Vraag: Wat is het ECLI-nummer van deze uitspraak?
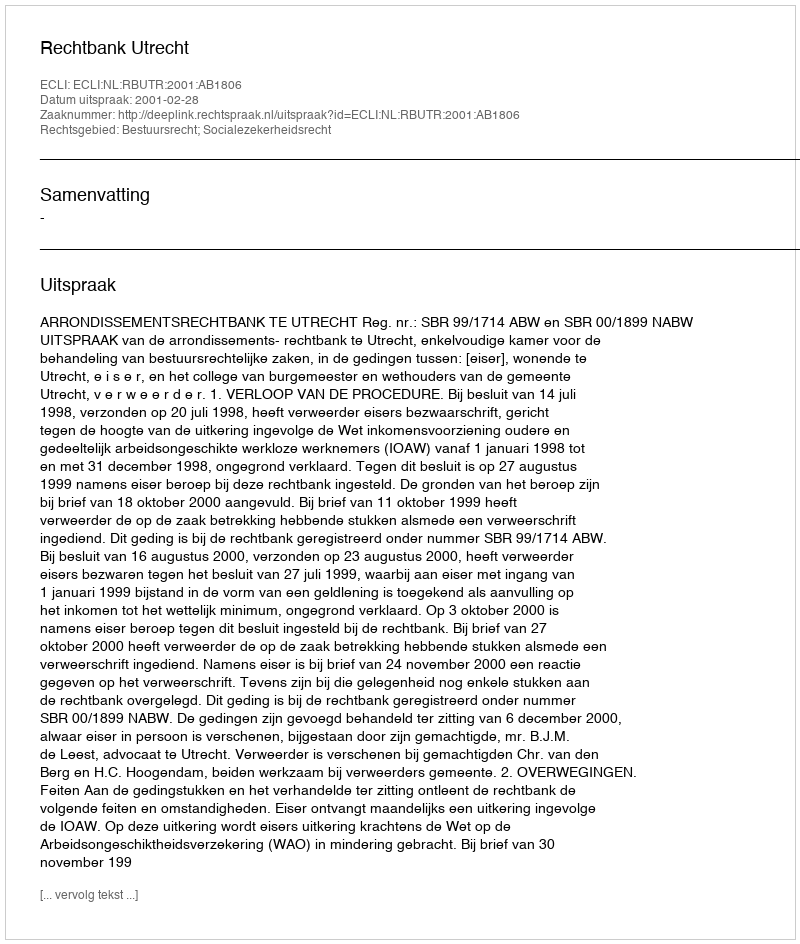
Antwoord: ECLI:NL:RBUTR:2001:AB1806